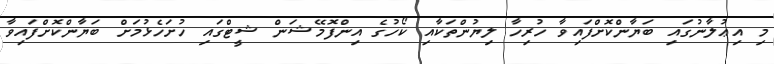
މި އިޢުލާނުގައި ބަޔާންކޮށްފައިވާ ހުރިހާ ލިޔުންތަކާއި ކޯހުގެ އިންފޮމޭޝަން ޝީޓްގައި ހުށަހެޅުމަށް ބަޔާންކޮށްފައިވާ